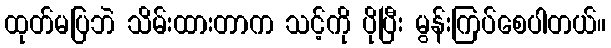
ထုတ်မပြဘဲ သိမ်းထားတာက သင့်ကို ပိုပြီး မွန်းကြပ်စေပါတယ်။